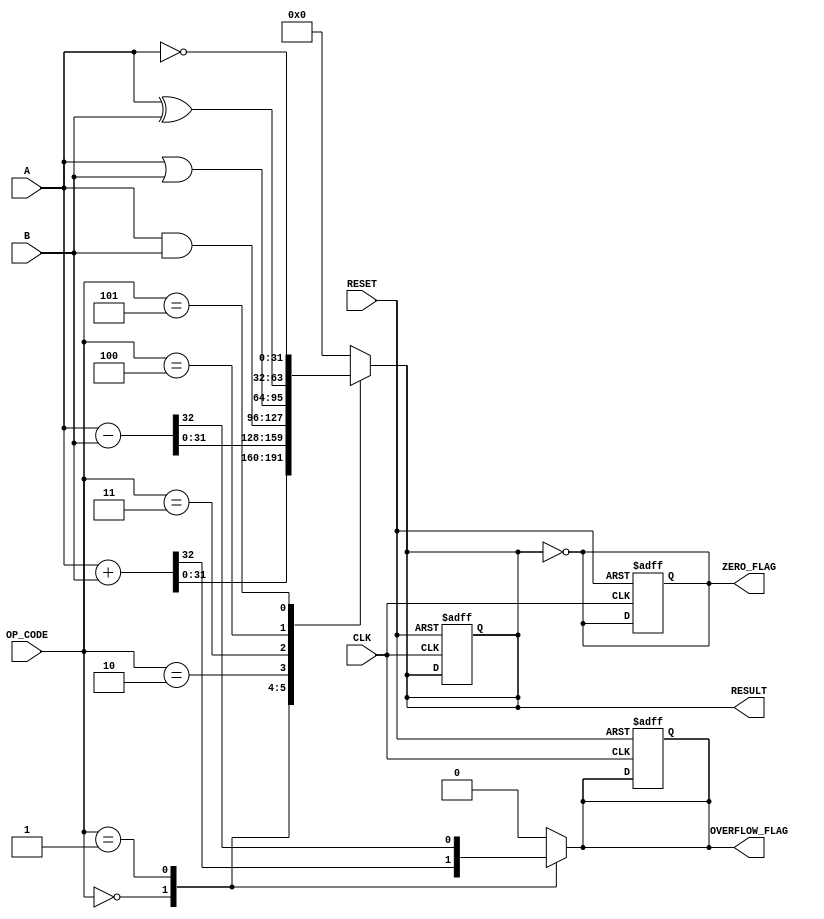
module parameterized_alu #(
    parameter DATA_WIDTH = 32, // Bit-width of the data
    parameter OPERATION_MODE = 4 // Number of operations supported
)(
    input  wire [DATA_WIDTH-1:0] A,      // First operand
    input  wire [DATA_WIDTH-1:0] B,      // Second operand
    input  wire [OPERATION_MODE-1:0] OP_CODE, // Operation code
    input  wire CLK,                     // Clock signal
    input  wire RESET,                   // Asynchronous reset
    output reg [DATA_WIDTH-1:0] RESULT, // ALU result
    output reg ZERO_FLAG,               // Zero flag
    output reg OVERFLOW_FLAG             // Overflow flag
);

// Define operation codes
localparam ADD = 4'b0000;
localparam SUB = 4'b0001;
localparam AND = 4'b0010;
localparam OR  = 4'b0011;
localparam XOR = 4'b0100;
localparam NOT = 4'b0101;

// Internal signals
reg [DATA_WIDTH:0] add_result; // Extra bit for overflow detection

// Combinational logic for operation selection
always @(*) begin
    case (OP_CODE)
        ADD: begin
            add_result = A + B;
            RESULT = add_result[DATA_WIDTH-1:0]; // Take lower DATA_WIDTH bits
            OVERFLOW_FLAG = add_result[DATA_WIDTH]; // Check overflow
        end
        SUB: begin
            add_result = A - B;
            RESULT = add_result[DATA_WIDTH-1:0]; // Take lower DATA_WIDTH bits
            OVERFLOW_FLAG = add_result[DATA_WIDTH]; // Check overflow
        end
        AND: begin
            RESULT = A & B;
            OVERFLOW_FLAG = 1'b0; // No overflow for logical operations
        end
        OR: begin
            RESULT = A | B;
            OVERFLOW_FLAG = 1'b0; // No overflow for logical operations
        end
        XOR: begin
            RESULT = A ^ B;
            OVERFLOW_FLAG = 1'b0; // No overflow for logical operations
        end
        NOT: begin
            RESULT = ~A; // Unary operation
            OVERFLOW_FLAG = 1'b0; // No overflow for logical operations
        end
        default: begin
            RESULT = 0;
            OVERFLOW_FLAG = 1'b0; // Default case
        end
    endcase

    // Set the ZERO_FLAG
    ZERO_FLAG = (RESULT == 0);
end

// Sequential logic for ALU operation
always @(posedge CLK or posedge RESET) begin
    if (RESET) begin
        RESULT <= 0;
        ZERO_FLAG <= 1'b1;
        OVERFLOW_FLAG <= 1'b0;
    end else begin
        // The combinational logic is evaluated here
        // RESULT, ZERO_FLAG, and OVERFLOW_FLAG are updated in the always @(*) block
    end
end

endmodule